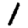
Digit: 1